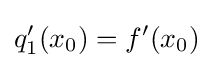
q'_{1}(x_{0})=f'(x_{0})